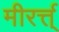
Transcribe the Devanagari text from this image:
मीरर्त्त्